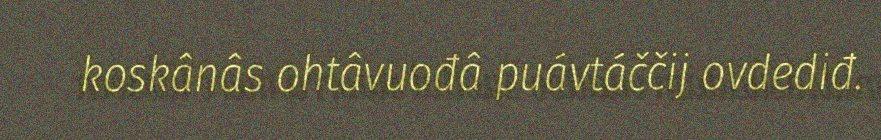
koskânâs ohtâvuođâ puávtáččij ovdediđ.